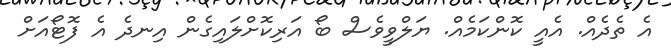
އެ ތެދެއް. އެއީ ކޮންކަމެއް. ޔަލްވީވެސް ބޯ އަރިކޮށްލައިގެން އިނދެ އެ ފޮޓޯއަށް